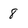
Character: 8